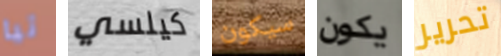
تيا كيلسي سيكون يكون تحرير